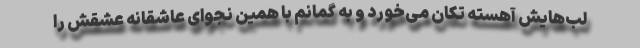
لب‌هایش آهسته تکان می‌خورد و به گمانم با همین نجوای عاشقانه عشقش را